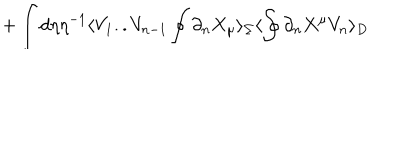
LaTeX: + \int d \eta \eta ^ { - 1 } \langle V _ { 1 } . . V _ { n - 1 } \oint \partial _ { n } X _ { \mu } \rangle _ { \Sigma } \langle \oint \partial _ { n } X ^ { \mu } V _ { n } \rangle _ { D }